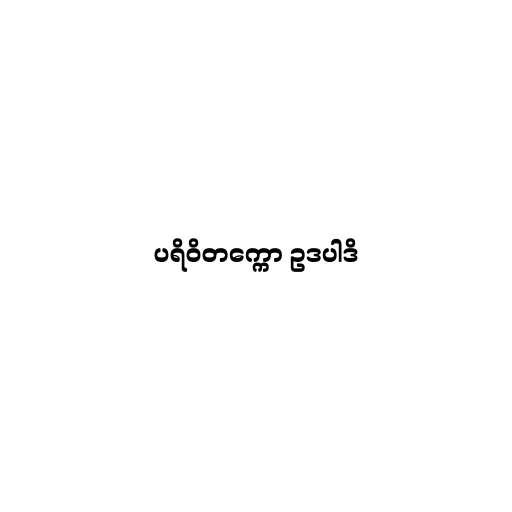
ပရိဝိတက္ကော ဥဒပါဒိ